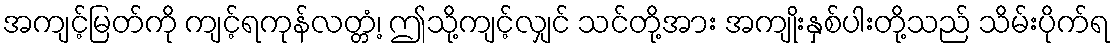
အကျင့်မြတ်ကို ကျင့်ရကုန်လတ္တံ့၊ ဤသို့ကျင့်လျှင် သင်တို့အား အကျိုးနှစ်ပါးတို့သည် သိမ်းပိုက်ရ